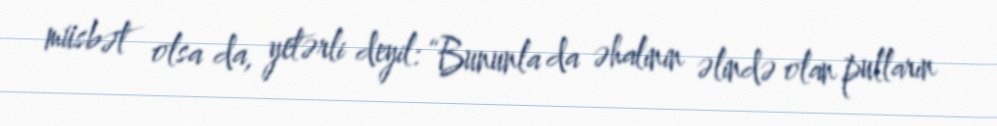
müsbət olsa da, yetərli deyil: “Bununla da əhalinin əlində olan pulların